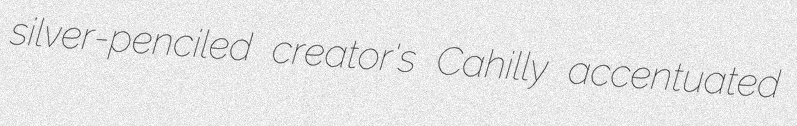
silver-penciled creator's Cahilly accentuated